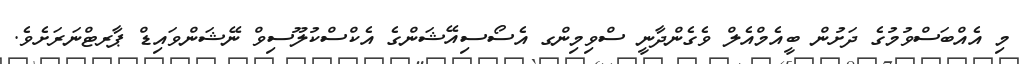
މި އެއްބަސްވުމުގެ ދަށުން ބީއެމްއެލް ވެގެންދާނީ ސްވިމިންގ އެސޯސިއޭޝަންގެ އެކްސްކުލޫސިވް ނޭޝަންވައިޑް ޕާރޓްނަރަށެވެ.